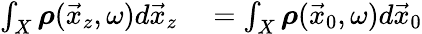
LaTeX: \begin{array}{rl}{\int_{X}\boldsymbol{\rho}(\vec{x}_{z},\omega)d\vec{x}_{z}}&{{}=\int_{X}\boldsymbol{\rho}(\vec{x}_{0},\omega)d\vec{x}_{0}}\end{array}